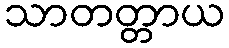
သာတတ္တာယ